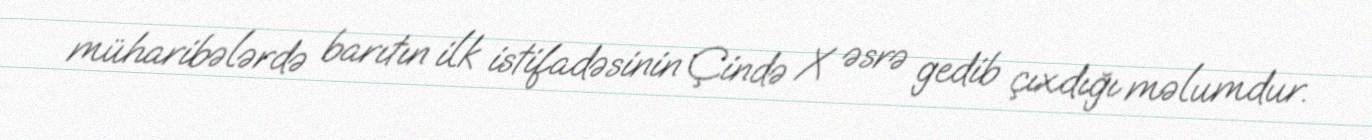
müharibələrdə barıtın ilk istifadəsinin Çində X əsrə gedib çıxdığı məlumdur.